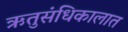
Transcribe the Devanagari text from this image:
ऋतुसंधिकालात